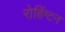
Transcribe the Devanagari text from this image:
रोहिंग्टन